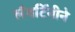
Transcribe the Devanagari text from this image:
लँबर्टिनीने